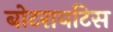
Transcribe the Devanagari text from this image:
बोटरायटिस